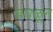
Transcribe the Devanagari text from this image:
चघळून